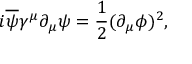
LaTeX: i \overline { { { \psi } } } \gamma ^ { \mu } \partial _ { \mu } \psi = \frac { 1 } { 2 } ( \partial _ { \mu } \phi ) ^ { 2 } ,